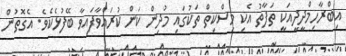
އިބްރާހިމްދީދީއަކީ ތަފާތު އެކި މިސްކިތް ތަކުގައި މުދިން ކަން ކުރައްވާފައިވާ ބޭފުޅެކެވެ. އެގޮތުން